Scientific memoirs by medical officers of the Army of India - Part X,
Year: 1897
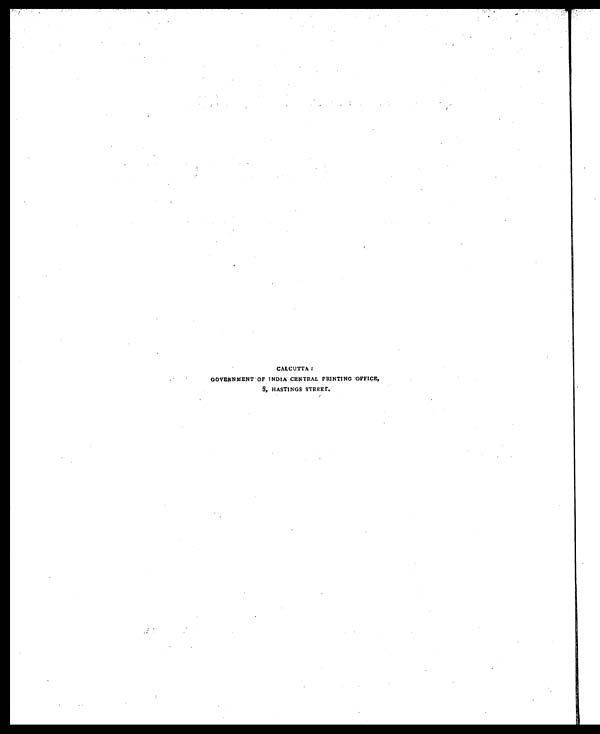
CALCUTTA:
GOVERNMENT OF I NDI A CENTRAL PRI NTI NG OFFI CE,
8, HASTI NGS STREET.